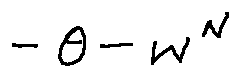
- \theta - w ^ { N }